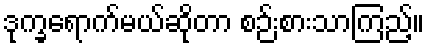
ဒုက္ခရောက်မယ်ဆိုတာ စဉ်းစားသာကြည့်။